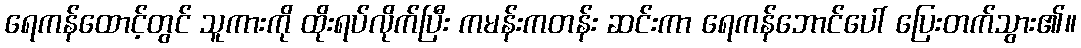
ရေကန်ထောင့်တွင် သူကားကို ထိုးရပ်လိုက်ပြီး ကမန်းကတန်း ဆင်းကာ ရေကန်ဘောင်ပေါ် ပြေးတက်သွား၏။